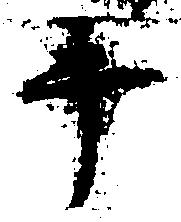
手